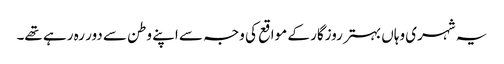
یہ شہری وہاں بہتر روزگار کے مواقع کی وجہ سے اپنے وطن سے دور رہ رہے تھے۔